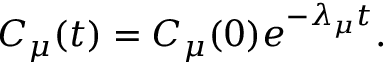
C _ { \mu } ( t ) = C _ { \mu } ( 0 ) e ^ { - \lambda _ { \mu } t } .